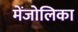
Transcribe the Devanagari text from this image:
मेंजोलिका